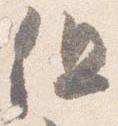
但